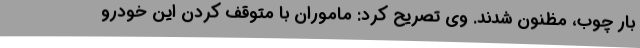
بار چوب، مظنون شدند. وی تصریح کرد: ماموران با متوقف کردن این خودرو